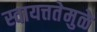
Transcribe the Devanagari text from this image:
स्वायत्ततेमुळे